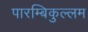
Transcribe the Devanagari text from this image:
पारम्बिकुल्लम